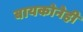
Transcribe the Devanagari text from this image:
बायकोनेही